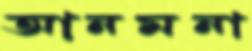
আনমনা